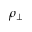
\rho _ { \perp }